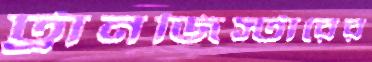
ট্রানজিস্টারের